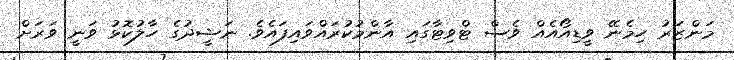
މަންޒަރު ހިމެނޭ ވީޑިއޯއެއް ވެސް ޓްވިޓާގައި އާންމުކުރައްވައިފައެވެ. ނަޝީދުގެ ހާލުކޮޅު ވަނީ ވަރަށް